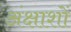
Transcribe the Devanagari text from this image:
अंक्षाशों